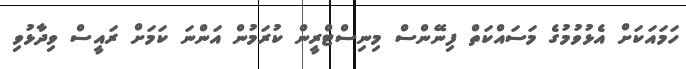
ހަމައަކަށް އެޅުވުމުގެ މަސައްކަތް ފިނޭންސް މިނިސްޓްރީން ކުރަމުން އަންނަ ކަމަށް ރައީސް ވިދާޅުވި